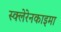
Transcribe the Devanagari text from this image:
स्क्लेरेनकाइमा